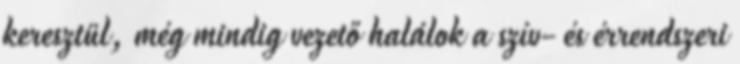
keresztül, még mindig vezető halálok a szív- és érrendszeri